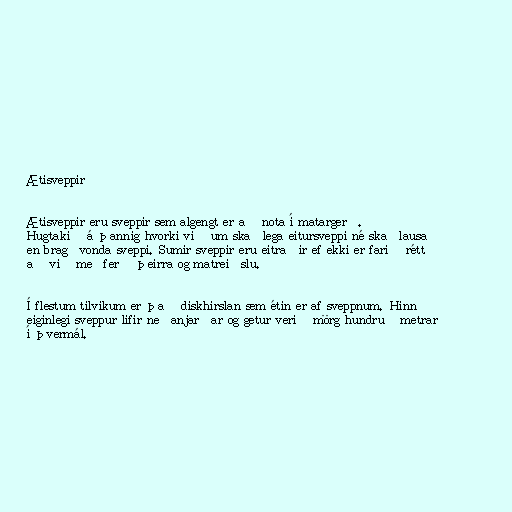
Ætisveppir

Ætisveppir eru sveppir sem algengt er að nota í matargerð.
Hugtakið á þannig hvorki við um skaðlega eitursveppi né skaðlausa
en bragðvonda sveppi. Sumir sveppir eru eitraðir ef ekki er farið rétt
að við meðferð þeirra og matreiðslu.

Í flestum tilvikum er það diskhirslan sem étin er af sveppnum. Hinn
eiginlegi sveppur lifir neðanjarðar og getur verið mörg hundruð metrar
í þvermál.